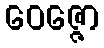
ဝေဇ္ဇော